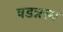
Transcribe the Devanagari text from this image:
षडन्नस्य